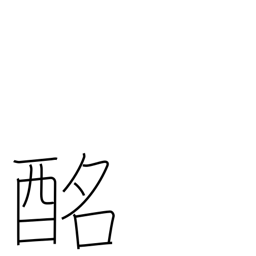
Meaning: sweet sake